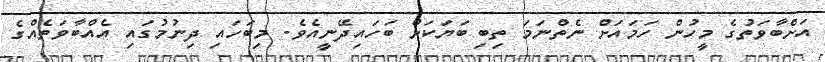
އަށްބާވަތުގެ މީހުން ހަމައަށް ނެތްނަމަ ތިބި ބަޔަކަށް ބަހައިދޭނީއެވެ. މިބަހައި ދިނުމުގައި އެއްބާވަތެއްގެ